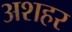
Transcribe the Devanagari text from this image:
अशहर